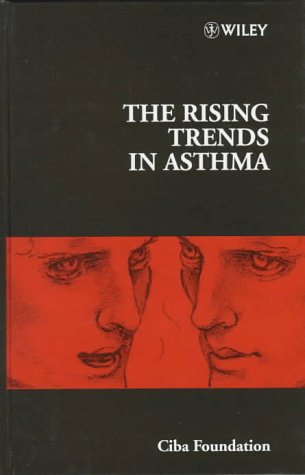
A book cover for The Rising Trends in Asthma (Novartis Foundation Symposia); CIBA Foundation Symposium; Health, Fitness & Dieting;